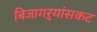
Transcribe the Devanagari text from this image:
बिजागऱ्यांसकट